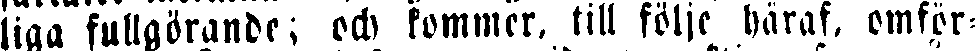
liga fullgörande; och kommer, till följe häraf, omför-